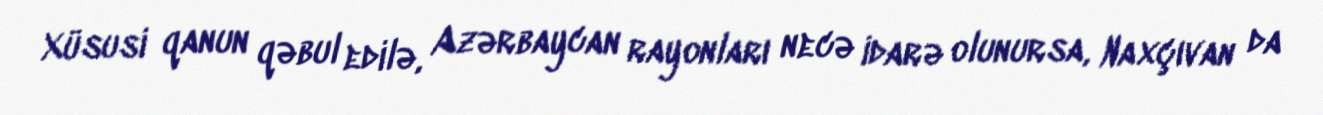
Xüsusi qanun qəbul edilə, Azərbaycan rayonları necə idarə olunursa, Naxçıvan da